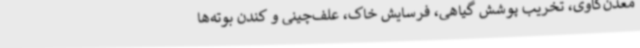
معدن‌کاوی، تخریب پوشش گیاهی،‌ فرسایش خاک، علف‌چینی و کندن بوته‌ها